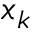
x _ { k }